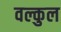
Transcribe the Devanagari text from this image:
वल्कुल